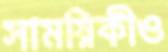
সাময়িকীও